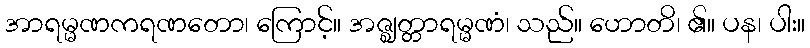
အာရမ္မဏကရဏတော၊ ကြောင့်။ အဇ္ဈတ္တာရမ္မဏံ၊ သည်။ ဟောတိ၊ ၏။ ပန၊ ပါး။